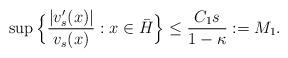
LaTeX: \begin{align*}\sup \Big\{\frac{|v_s^{\prime}(x)|}{v_s(x)} : x \in \bar H\Big\} \le \frac{C_1 s}{1- \kappa}:= M_1.\end{align*}